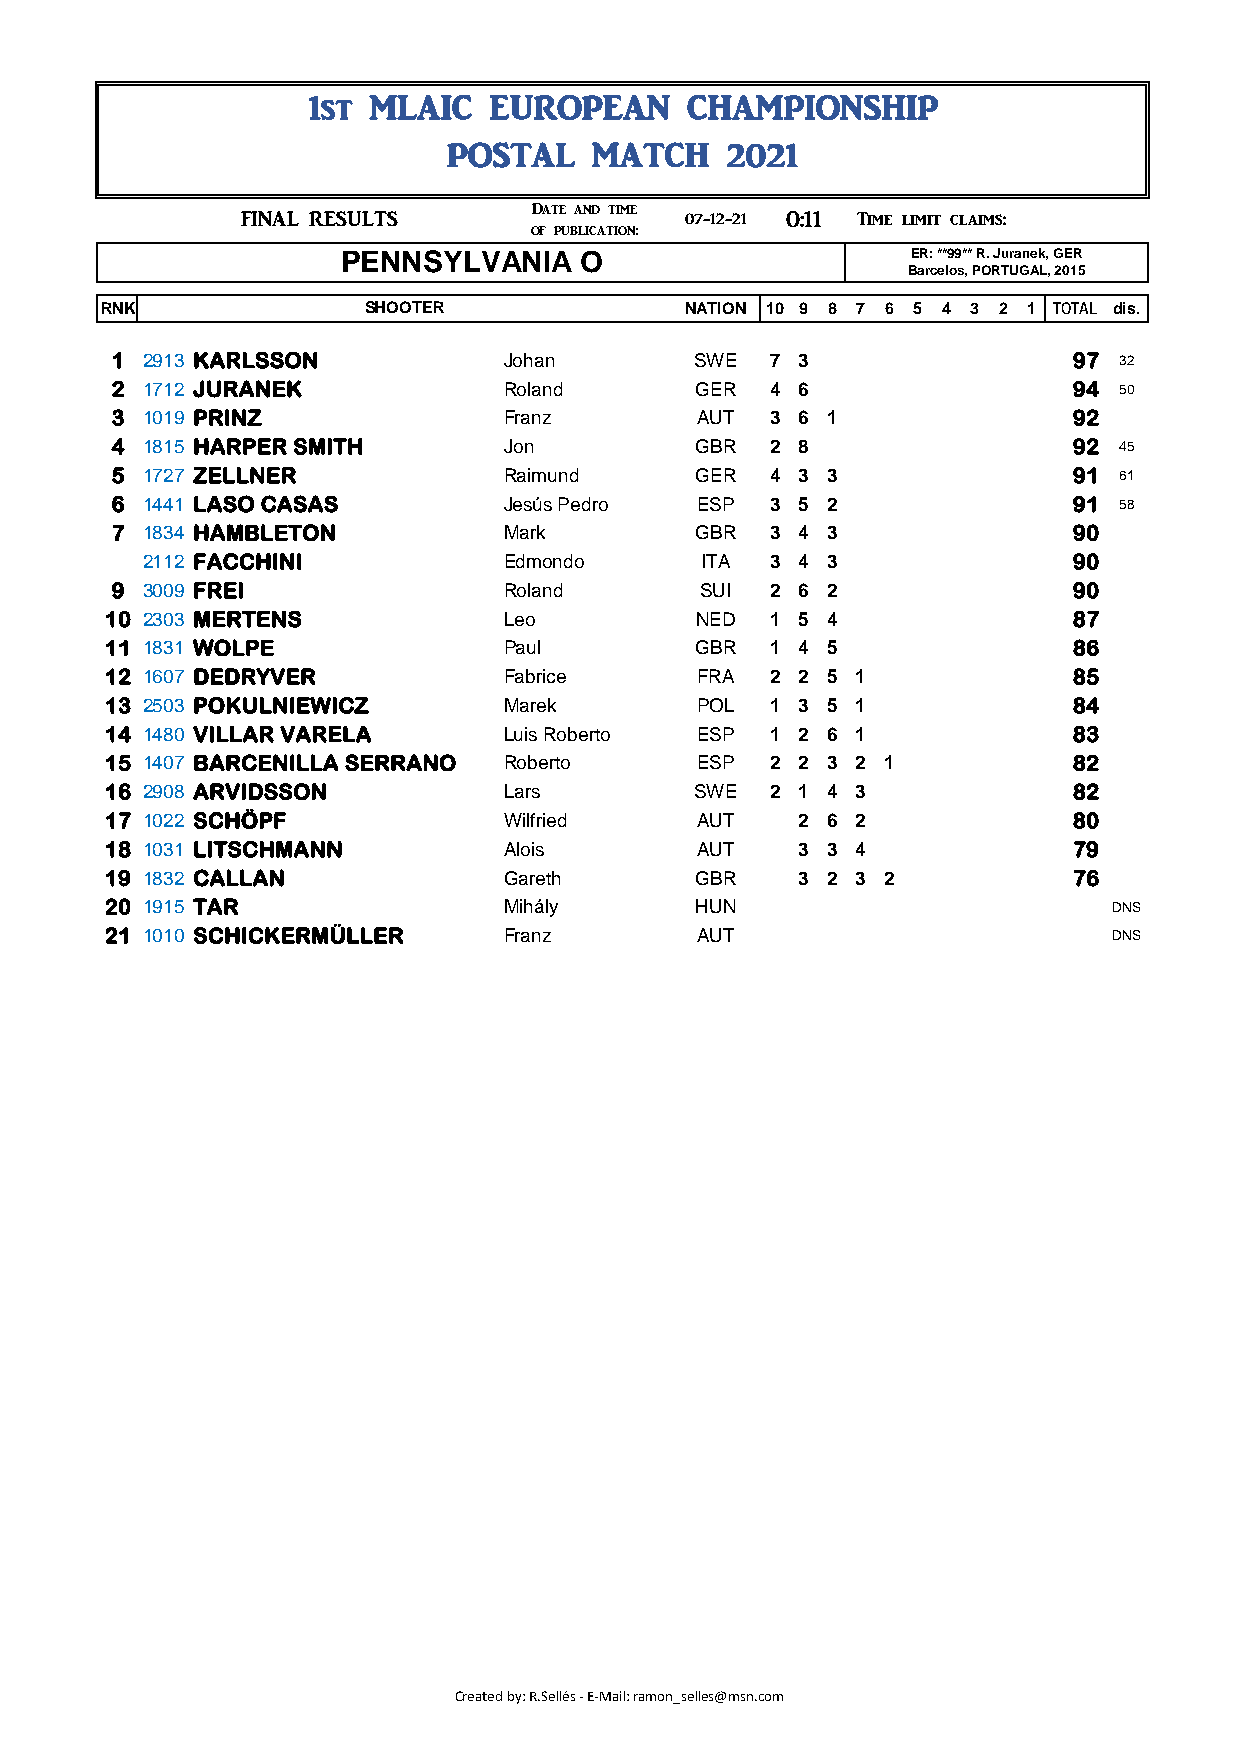
1st MLAIC   EUROPEAN     CHAMPIONSHIP
 POSTAL    MATCH    2021
 ###      FINAL RESULTS      Date and time 07-12-21 0:11 Time limit claims: 1:11
 of publication:                   07-12-21
 PENNSYLVANIA    O                     ER: **99** R. Juranek, GER
 Barcelos, PORTUGAL, 2015
 RNK               SHOOTER              NATION 10 9 8 7 6 5 4 3 2 1 TOTAL dis.
 1 2913 KARLSSON           Johan        SWE  7 3                 97 32
 2 1712 JURANEK            Roland       GER  4 6                 94 50
 3 1019 PRINZ              Franz        AUT  3 6 1               92
 4 1815 HARPER SMITH       Jon          GBR  2 8                 92 45
 5 1727 ZELLNER            Raimund      GER  4 3 3               91 61
 6 1441 LASO CASAS         Jesús Pedro  ESP  3 5 2               91 58
 7 1834 HAMBLETON          Mark         GBR  3 4 3               90
 2112 FACCHINI           Edmondo      ITA  3 4 3               90
 9 3009 FREI               Roland       SUI  2 6 2               90
 10 2303 MERTENS           Leo          NED  1 5 4               87
 11 1831 WOLPE             Paul         GBR  1 4 5               86
 12 1607 DEDRYVER          Fabrice      FRA  2 2 5 1             85
 13 2503 POKULNIEWICZ      Marek        POL  1 3 5 1             84
 14 1480 VILLAR VARELA     Luis Roberto ESP  1 2 6 1             83
 15 1407 BARCENILLA SERRANO Roberto     ESP  2 2 3 2 1           82
 16 2908 ARVIDSSON         Lars         SWE  2 1 4 3             82
 17 1022 SCHÖPF            Wilfried     AUT   2 6 2              80
 18 1031 LITSCHMANN        Alois        AUT   3 3 4              79
 19 1832 CALLAN            Gareth       GBR   3 2 3 2            76
 20 1915 TAR               Mihály       HUN                        DNS
 21 1010 SCHICKERMÜLLER    Franz        AUT                        DNS
 Created by: R.Sellés - E-Mail: ramon_selles@msn.com